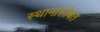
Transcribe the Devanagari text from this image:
स्थानांसोबत